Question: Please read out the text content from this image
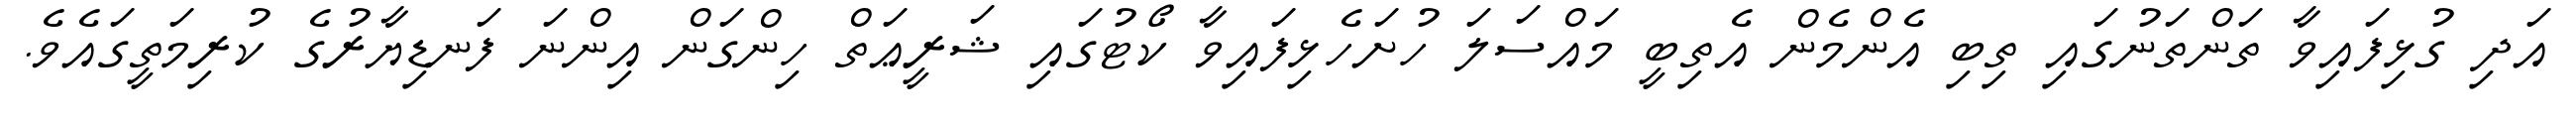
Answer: އަދި ގުޅިފައިވާ ތަންތަނުގައި ތިބި އެންމެން އެތިބީ މައްސަލަ ހުށަހެޅިފައިވާ ކޯޓުގައި ޝަރީޢަތް ހިންގަން އިންނަ ފަނޑިޔާރުގެ ކުރިމަތީގައެވެ.